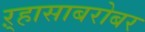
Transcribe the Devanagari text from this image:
ऱ्हासाबरोबर